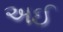
અઈ